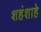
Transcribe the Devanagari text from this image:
शहंशाहे